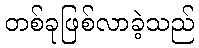
တစ်ခုဖြစ်လာခဲ့သည်